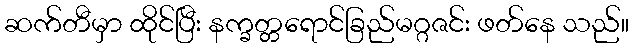
ဆက်တီမှာ ထိုင်ပြီး နက္ခတ္တရောင်ခြည်မဂ္ဂဇင်း ဖတ်နေ သည်။